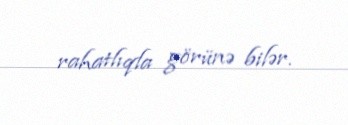
rahatlıqla görünə bilər.